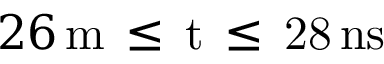
2 6 \, \mathrm { { m } \, \leq \, t \, \leq \, 2 8 \, \mathrm { { n s } } }